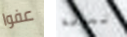
عفوا تعرفة